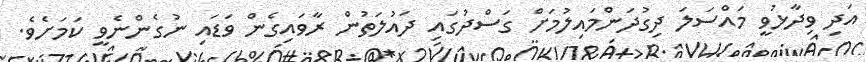
އަދި ވިދާޅުވީ މައްސަލަ ދިގުދަންމައިލުމަށް ގަސްދުގައި ދައުލަތުން ރާވައިގެން ވަޑައި ނުގެންނެވީ ކަމަށެވެ.